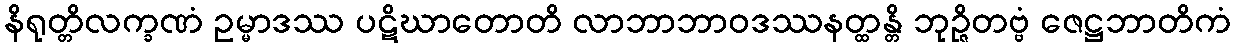
နိရုတ္တိလက္ခဏံ ဥမ္မာဒဿ ပဋိဃာတောတိ လာဘာဘာဝဒဿနတ္ထန္တိ ဘုဉ္ဇိတဗ္ဗံ ဇေဋ္ဌဘာတိကံ